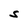
Character: S